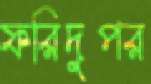
ফরিদুপর